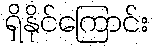
ရှိနိုင်ကြောင်း